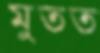
মুতত